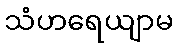
သံဟရေယျာမ